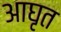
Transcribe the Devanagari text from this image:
आघृत